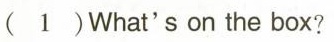
（1）What's on the box?